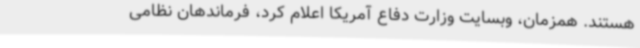
هستند. همزمان، وبسایت وزارت دفاع آمریکا اعلام کرد، فرماندهان نظامی